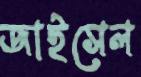
জাইসেল